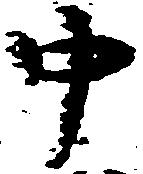
中